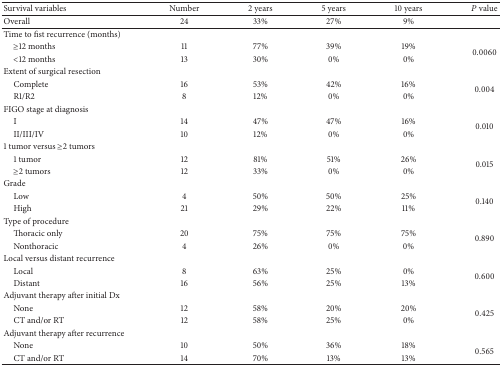
<table><thead><tr><td><b>Survival variables</b></td><td><b>Number</b></td><td><b>2 years</b></td><td><b>5 years</b></td><td><b>10 years</b></td><td><b><i>P</i> value</b></td></tr></thead><tbody><tr><td>Overall</td><td>24</td><td>33%</td><td>27%</td><td>9%</td><td> </td></tr><tr><td>Time to fist recurrence (months)</td><td> </td><td> </td><td> </td><td> </td><td> </td></tr><tr><td> ≥12 months</td><td>11</td><td>77%</td><td>39%</td><td>19%</td><td rowspan="2">0.0060</td></tr><tr><td> &lt;12 months</td><td>13</td><td>30%</td><td>0%</td><td>0%</td></tr><tr><td>Extent of surgical resection</td><td> </td><td> </td><td> </td><td> </td><td> </td></tr><tr><td> Complete</td><td>16</td><td>53%</td><td>42%</td><td>16%</td><td rowspan="2">0.004</td></tr><tr><td> R1/R2</td><td>8</td><td>12%</td><td>0%</td><td>0%</td></tr><tr><td>FIGO stage at diagnosis</td><td> </td><td> </td><td> </td><td> </td><td> </td></tr><tr><td> I</td><td>14</td><td>47%</td><td>47%</td><td>16%</td><td rowspan="2">0.010</td></tr><tr><td> II/III/IV</td><td>10</td><td>12%</td><td>0%</td><td>0%</td></tr><tr><td>1 tumor versus ≥2 tumors</td><td> </td><td> </td><td> </td><td> </td><td> </td></tr><tr><td> 1 tumor</td><td>12</td><td>81%</td><td>51%</td><td>26%</td><td rowspan="2">0.015</td></tr><tr><td> ≥2 tumors</td><td>12</td><td>33%</td><td>0%</td><td>0%</td></tr><tr><td>Grade</td><td> </td><td> </td><td> </td><td> </td><td> </td></tr><tr><td> Low</td><td>4</td><td>50%</td><td>50%</td><td>25%</td><td rowspan="2">0.140</td></tr><tr><td> High</td><td>21</td><td>29%</td><td>22%</td><td>11%</td></tr><tr><td>Type of procedure</td><td> </td><td> </td><td> </td><td> </td><td> </td></tr><tr><td> Thoracic only</td><td>20</td><td>75%</td><td>75%</td><td>75%</td><td rowspan="2">0.890</td></tr><tr><td> Nonthoracic</td><td>4</td><td>26%</td><td>0%</td><td>0%</td></tr><tr><td>Local versus distant recurrence</td><td> </td><td> </td><td> </td><td> </td><td> </td></tr><tr><td> Local</td><td>8</td><td>63%</td><td>25%</td><td>0%</td><td rowspan="2">0.600</td></tr><tr><td> Distant</td><td>16</td><td>56%</td><td>25%</td><td>13%</td></tr><tr><td>Adjuvant therapy after initial Dx</td><td> </td><td> </td><td> </td><td> </td><td> </td></tr><tr><td> None</td><td>12</td><td>58%</td><td>20%</td><td>20%</td><td rowspan="2">0.425</td></tr><tr><td> CT and/or RT</td><td>12</td><td>58%</td><td>25%</td><td>0%</td></tr><tr><td>Adjuvant therapy after recurrence</td><td> </td><td> </td><td> </td><td> </td><td> </td></tr><tr><td> None</td><td>10</td><td>50%</td><td>36%</td><td>18%</td><td rowspan="2">0.565</td></tr><tr><td> CT and/or RT</td><td>14</td><td>70%</td><td>13%</td><td>13%</td></tr></tbody></table>